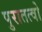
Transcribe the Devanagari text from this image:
पुरातत्वो